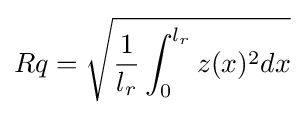
Rq={\sqrt {{\frac {1}{l_{r}}}\int _{0}^{l_{r}}z(x)^{2}dx}}